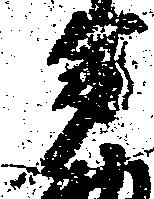
多